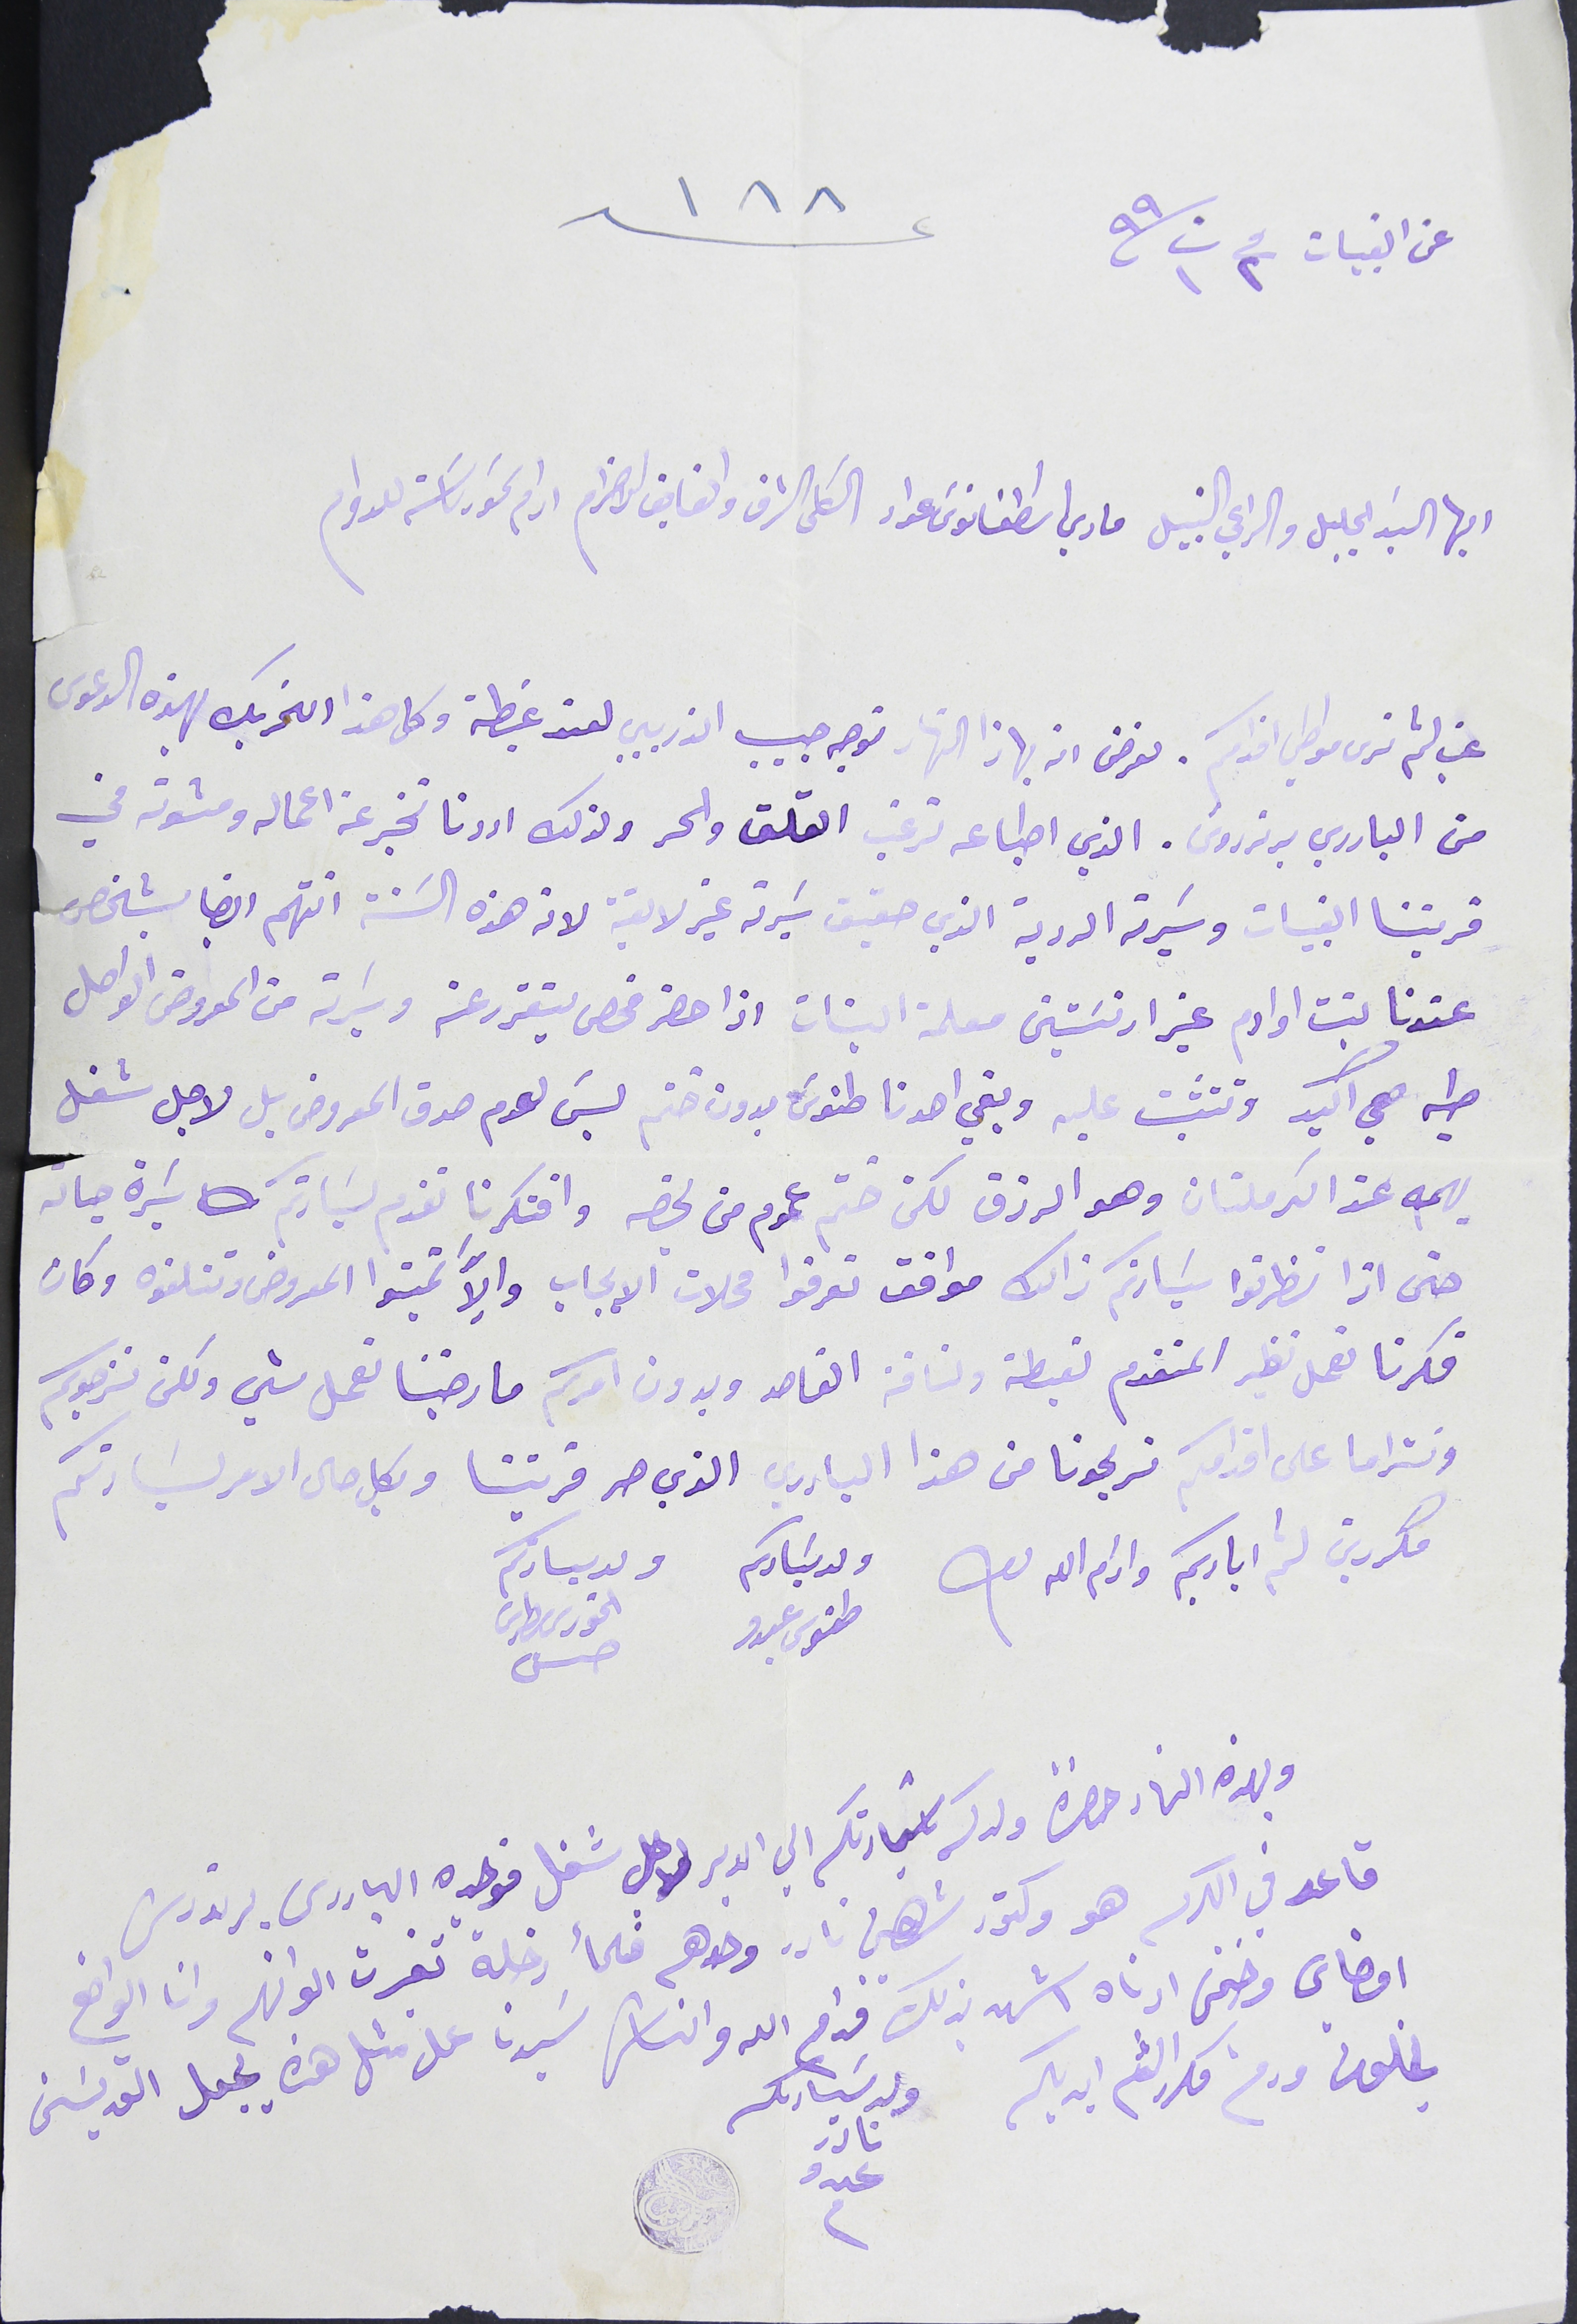
عن القبيات فى ٢ ت١ ٩٩                                             عد ١٨٨
ايها السَيد الجليل والراعي النبيل ماري اسَطفانوسَ عواد الكلى الشرف والفايق الاحترام ادام سَمو رىاسَته للدوام
غب لثم نرى مواطي اقدمكم. نعرض انه بهاذا النهار توجه حبيب الذريبي لعند غبطته وكل هذا التحريك بهذه الدعوى
من البادري برنردوسَ. الذي اطباعه ترغب القلق والحر ولذلك اردنا نخبر عن اعماله ومشوته في
قريتنا القبيات وسَيرته الردية الذي حقيق سَيرتة غير لايقة لانه هذه السَنة اتهّم ايضا بشخص
عندنا بنت اوادم غير ارنسَتين معلمة البنات اذا حضر فحص يتقرر عنه وسَيرته من المعروض الواصل
طيه هي اكيد وتتثببت عليه وبقي احدنا طنوسَ بدون ختم ليسَ لعدم صدق المعروض بل لاجل شغل
يهمه عن الكرملتان وهو الرزق لكن ختّم عموم من يخصه وافتكرنا نقدم لسَيادتكم سَيرة حياته
حتى اذا نظرتوا سَيادتكم ذالك موافق تعرفوا محلات الايجاب والاَّ تميتوا المعروض وتتلفوه وكان
فكرنا نعمل نظير المتقدم لغبطته ولنافته القاصد وبدون امركم ما رضينا نعمل شي ولكن نرجوكم
ونتراما على اقدامكم تريحونا من هذا البادري الذي حر قريتنا وبكل حال الامر لسَيادتكم
مكررين لثم اياديكم وادام الله بقاك  ولد سَيادكم ولدسيادتكم
طنوس عبدو                    الخورى بطرس حسن
وبهذا النهار حضرة ولدكم سَيادتكم الى الدير لاجل شغل فوجده البادرى برنردس
قاعد في الكرسه هو دكتور شاهين نادر وحدهم فلمأ دخلة تغيرت الوانهم وانا الواضع
امضاي وختمى ادناه اشهد بذلك قدام الله والناس سَيدنا على مثل هذه يجعل القديسَن
يخلونى ودمتم مكررا لثم ايديكم                 ولد سَيادكم نادر عبدو